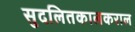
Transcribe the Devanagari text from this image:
सुदलितकालकराल